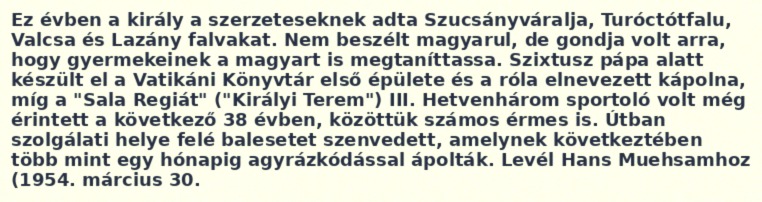
Ez évben a király a szerzeteseknek adta Szucsányváralja, Turóctótfalu, Valcsa és Lazány falvakat. Nem beszélt magyarul, de gondja volt arra, hogy gyermekeinek a magyart is megtaníttassa. Szixtusz pápa alatt készült el a Vatikáni Könyvtár első épülete és a róla elnevezett kápolna, míg a "Sala Regiát" ("Királyi Terem") III. Hetvenhárom sportoló volt még érintett a következő 38 évben, közöttük számos érmes is. Útban szolgálati helye felé balesetet szenvedett, amelynek következtében több mint egy hónapig agyrázkódással ápolták. Levél Hans Muehsamhoz (1954. március 30.